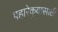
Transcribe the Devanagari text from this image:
पहारेकर्‍यासाठी